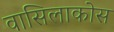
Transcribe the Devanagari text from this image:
वासिलाकोस